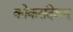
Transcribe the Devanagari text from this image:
कोकसंदेशम्